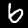
Digit: 6